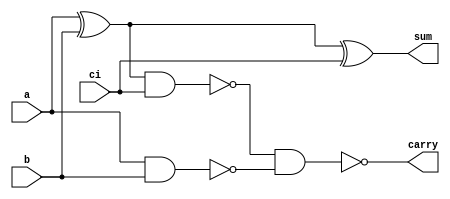
/*
 * @Author: Yihao Wang
 * @Date: 2020-02-14 00:37:45
 * @LastEditTime: 2020-03-14 01:30:00
 * @LastEditors: Please set LastEditors
 * @Description: 1-bit full adder implemented by gate level 
 * @FilePath: /EE577b_HW/YihaoWang-HW3/2_SMD/fa.v
 */
module fa (a, b, ci, sum, carry);
    input a, b, ci;
    output carry, sum;

    wire w1, w2, w3;// intermediate wires

    xor (w1, a, b);
    xor (sum, w1, ci);

    nand (w2, w1, ci);
    nand (w3, a, b);
    nand (carry, w2, w3);
endmodule